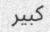
كبير